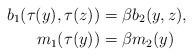
LaTeX: \begin{align*}b_1(\tau(y),\tau(z))&=\beta b_2(y,z),\\m_1(\tau(y))&=\beta m_2(y)\end{align*}